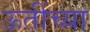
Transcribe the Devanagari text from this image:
ऊतींच्या